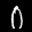
Label: 0